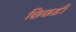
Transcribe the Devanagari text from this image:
छिछड़ी